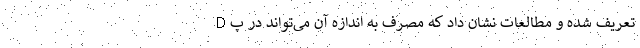
D تعریف شده و مطالعات نشان داد که مصرف به اندازه آن می‌تواند در پ